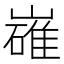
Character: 𡽛